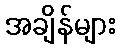
အချိန်များ